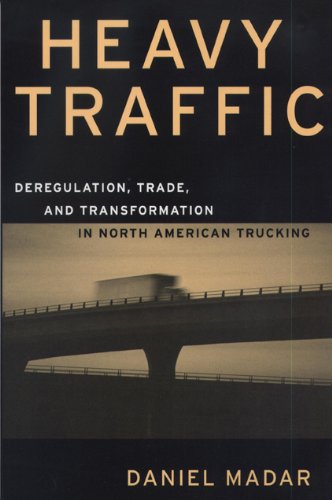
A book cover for Heavy Traffic: Deregulation, Trade, and Transformation in North American Trucking (Canada and International Relations, 12); Daniel Madar; Law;